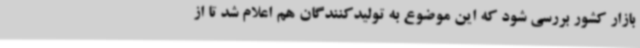
بازار کشور بررسی شود که این موضوع به تولیدکنندگان هم اعلام شد تا از